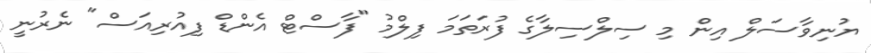
ޔުނިވާސަލް އިން މި ސިލްސިލާގެ ފުރަތަމަ ފިލްމު "ފާސްޓް އެންޑް ފިއުރިއަސް" ނެރުނީ